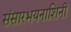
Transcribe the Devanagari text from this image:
संसारभयनाशिनी